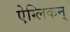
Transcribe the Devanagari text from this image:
ऐग्लिकन्